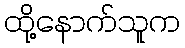
ထို့နောက်သူက